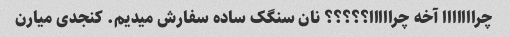
چرااااااا آخه چرااااا؟؟؟؟؟ نان سنگک ساده سفارش میدیم. کنجدی میارن